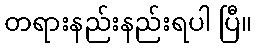
တရားနည်းနည်းရပါ ပြီ။